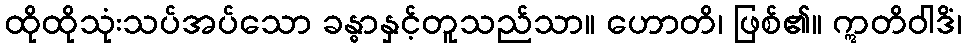
ထိုထိုသုံးသပ်အပ်သော ခန္ဓာနှင့်တူသည်သာ။ ဟောတိ၊ ဖြစ်၏။ ဣတိဝါဒိံ၊